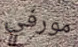
مورفي